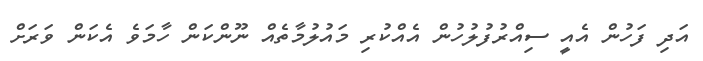
އަދި ފަހުން އެއީ ސިއްރުފުލުހުން އެއްކުރި މައުލުމާތެއް ނޫންކަން ހާމަވެ އެކަން ވަރަށް